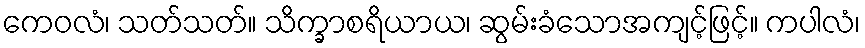
ကေဝလံ၊ သတ်သတ်။ သိက္ခာစရိယာယ၊ ဆွမ်းခံသောအကျင့်ဖြင့်။ ကပါလံ၊